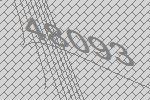
48093